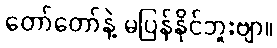
တော်တော်နဲ့ မပြန်နိုင်ဘူးဗျာ။